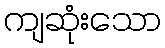
ကျဆုံးသော